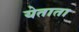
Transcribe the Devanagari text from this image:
येताता